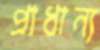
প্রাধান্য